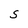
Character: S